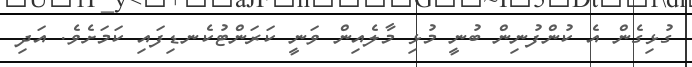
ގުޅިގެން އެ ކުންފުނިން ބުނީ މުޅި މާލެއިން ވަނީ ކަރަންޓުކެނޑިފައި ކަމަށެވެ. އަދި